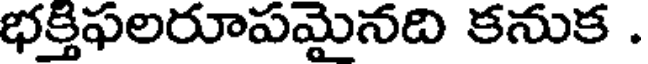
భక్తిఫలరూపమైనది కనుక .